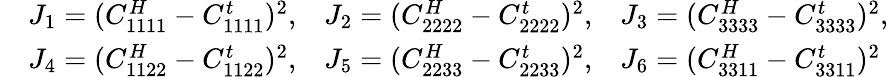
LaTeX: \begin{array}{rl}&{J_{1}=(C_{1111}^{H}-C_{1111}^{t})^{2},\, \, \, \, \, J_{2}=(C_{2222}^{H}-C_{2222}^{t})^{2},\, \, \, \, \, J_{3}=(C_{3333}^{H}-C_{3333}^{t})^{2},}\\ &{J_{4}=(C_{1122}^{H}-C_{1122}^{t})^{2},\, \, \, \, \, J_{5}=(C_{2233}^{H}-C_{2233}^{t})^{2},\, \, \, \, \, J_{6}=(C_{3311}^{H}-C_{3311}^{t})^{2}}\end{array}